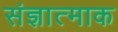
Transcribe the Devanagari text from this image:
संज्ञात्माक